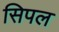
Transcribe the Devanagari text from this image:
सिपल